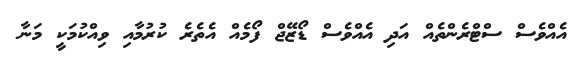
އެއްވެސް ސްޓްރެންތެއް އަދި އެއްވެސް ޑޯޒޭޖް ފޯމެއް އެތެރެ ކުރުމާއި ވިއްކުމަކީ މަނާ